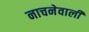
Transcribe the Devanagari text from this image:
नाचनेवाली